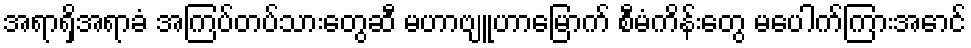
အရာရှိအရာခံ အကြပ်တပ်သားတွေဆီ မဟာဗျူဟာမြောက် စီမံကိန်းတွေ မပေါက်ကြားအောင်